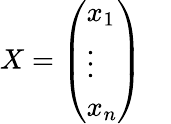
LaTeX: X={\left(\begin{array}{l}{x_{1}}\\ {\vdots}\\ {x_{n}}\end{array}\right)}\quad